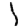
Digit: 1